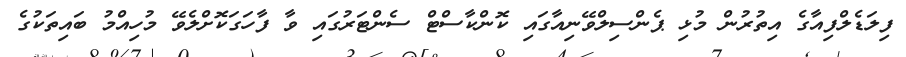
ފިލަޑެލްފިއާގެ އިތުރުން މުޅި ޕެންސިލްވޭނިއާގައި ކޮންކާސްޓް ސެންޓަރުގައި ވާ ފާހަގަކޮށްލެވޭ މުހިއްމު ބައިތަކުގެ